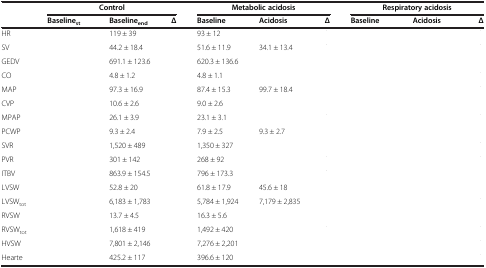
<table><thead><tr><td>[EMPTY_CELL]</td><td colspan="2"><b>Control</b></td><td colspan="3"><b>Metabolic acidosis</b></td><td colspan="4"><b>Respiratory acidosis</b></td></tr><tr><td>[EMPTY_CELL]</td><td><b>Baseline<sub>st</sub></b></td><td><b>Baseline<sub>end</sub></b></td><td><b>Δ</b></td><td><b>Baseline</b></td><td><b>Acidosis</b></td><td><b>Δ</b></td><td><b>Baseline</b></td><td><b>Acidosis</b></td><td><b>Δ</b></td></tr></thead><tbody><tr><td>HR</td><td>[EMPTY_CELL]</td><td>119 ± 39</td><td>[EMPTY_CELL]</td><td>93 ± 12</td><td>[EMPTY_CELL]</td><td>[EMPTY_CELL]</td><td>[EMPTY_CELL]</td><td>[EMPTY_CELL]</td><td>[EMPTY_CELL]</td></tr><tr><td>SV</td><td>[EMPTY_CELL]</td><td>44.2 ± 18.4</td><td>[EMPTY_CELL]</td><td>51.6 ± 11.9</td><td>34.1 ± 13.4</td><td>[EMPTY_CELL]</td><td>[EMPTY_CELL]</td><td>[EMPTY_CELL]</td><td>[EMPTY_CELL]</td></tr><tr><td>GEDV</td><td>[EMPTY_CELL]</td><td>691.1 ± 123.6</td><td>[EMPTY_CELL]</td><td>620.3 ± 136.6</td><td>[EMPTY_CELL]</td><td>[EMPTY_CELL]</td><td>[EMPTY_CELL]</td><td>[EMPTY_CELL]</td><td>[EMPTY_CELL]</td></tr><tr><td>CO</td><td>[EMPTY_CELL]</td><td>4.8 ± 1.2</td><td>[EMPTY_CELL]</td><td>4.8 ± 1.1</td><td>[EMPTY_CELL]</td><td>[EMPTY_CELL]</td><td>[EMPTY_CELL]</td><td>[EMPTY_CELL]</td><td>[EMPTY_CELL]</td></tr><tr><td>MAP</td><td>[EMPTY_CELL]</td><td>97.3 ± 16.9</td><td>[EMPTY_CELL]</td><td>87.4 ± 15.3</td><td>99.7 ± 18.4</td><td>[EMPTY_CELL]</td><td>[EMPTY_CELL]</td><td>[EMPTY_CELL]</td><td>[EMPTY_CELL]</td></tr><tr><td>CVP</td><td>[EMPTY_CELL]</td><td>10.6 ± 2.6</td><td>[EMPTY_CELL]</td><td>9.0 ± 2.6</td><td>[EMPTY_CELL]</td><td>[EMPTY_CELL]</td><td>[EMPTY_CELL]</td><td>[EMPTY_CELL]</td><td>[EMPTY_CELL]</td></tr><tr><td>MPAP</td><td>[EMPTY_CELL]</td><td>26.1 ± 3.9</td><td>[EMPTY_CELL]</td><td>23.1 ± 3.1</td><td>[EMPTY_CELL]</td><td>[EMPTY_CELL]</td><td>[EMPTY_CELL]</td><td>[EMPTY_CELL]</td><td>[EMPTY_CELL]</td></tr><tr><td>PCWP</td><td>[EMPTY_CELL]</td><td>9.3 ± 2.4</td><td>[EMPTY_CELL]</td><td>7.9 ± 2.5</td><td>9.3 ± 2.7</td><td>[EMPTY_CELL]</td><td>[EMPTY_CELL]</td><td>[EMPTY_CELL]</td><td>[EMPTY_CELL]</td></tr><tr><td>SVR</td><td>[EMPTY_CELL]</td><td>1,520 ± 489</td><td>[EMPTY_CELL]</td><td>1,350 ± 327</td><td>[EMPTY_CELL]</td><td>[EMPTY_CELL]</td><td>[EMPTY_CELL]</td><td>[EMPTY_CELL]</td><td>[EMPTY_CELL]</td></tr><tr><td>PVR</td><td>[EMPTY_CELL]</td><td>301 ± 142</td><td>[EMPTY_CELL]</td><td>268 ± 92</td><td>[EMPTY_CELL]</td><td>[EMPTY_CELL]</td><td>[EMPTY_CELL]</td><td>[EMPTY_CELL]</td><td>[EMPTY_CELL]</td></tr><tr><td>ITBV</td><td>[EMPTY_CELL]</td><td>863.9 ± 154.5</td><td>[EMPTY_CELL]</td><td>796 ± 173.3</td><td>[EMPTY_CELL]</td><td>[EMPTY_CELL]</td><td>[EMPTY_CELL]</td><td>[EMPTY_CELL]</td><td>[EMPTY_CELL]</td></tr><tr><td>LVSW</td><td>[EMPTY_CELL]</td><td>52.8 ± 20</td><td>[EMPTY_CELL]</td><td>61.8 ± 17.9</td><td>45.6 ± 18</td><td>[EMPTY_CELL]</td><td>[EMPTY_CELL]</td><td>[EMPTY_CELL]</td><td>[EMPTY_CELL]</td></tr><tr><td>LVSW<sub>tot</sub></td><td>[EMPTY_CELL]</td><td>6,183 ± 1,783</td><td>[EMPTY_CELL]</td><td>5,784 ± 1,924</td><td>7,179 ± 2,835</td><td>[EMPTY_CELL]</td><td>[EMPTY_CELL]</td><td>[EMPTY_CELL]</td><td>[EMPTY_CELL]</td></tr><tr><td>RVSW</td><td>[EMPTY_CELL]</td><td>13.7 ± 4.5</td><td>[EMPTY_CELL]</td><td>16.3 ± 5.6</td><td>[EMPTY_CELL]</td><td>[EMPTY_CELL]</td><td>[EMPTY_CELL]</td><td>[EMPTY_CELL]</td><td>[EMPTY_CELL]</td></tr><tr><td>RVSW<sub>tot</sub></td><td>[EMPTY_CELL]</td><td>1,618 ± 419</td><td>[EMPTY_CELL]</td><td>1,492 ± 420</td><td>[EMPTY_CELL]</td><td>[EMPTY_CELL]</td><td>[EMPTY_CELL]</td><td>[EMPTY_CELL]</td><td>[EMPTY_CELL]</td></tr><tr><td>HVSW</td><td>[EMPTY_CELL]</td><td>7,801 ± 2,146</td><td>[EMPTY_CELL]</td><td>7,276 ± 2,201</td><td>[EMPTY_CELL]</td><td>[EMPTY_CELL]</td><td>[EMPTY_CELL]</td><td>[EMPTY_CELL]</td><td>[EMPTY_CELL]</td></tr><tr><td>Hearte</td><td>[EMPTY_CELL]</td><td>425.2 ± 117</td><td>[EMPTY_CELL]</td><td>396.6 ± 120</td><td>[EMPTY_CELL]</td><td>[EMPTY_CELL]</td><td>[EMPTY_CELL]</td><td>[EMPTY_CELL]</td><td>[EMPTY_CELL]</td></tr></tbody></table>